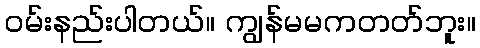
ဝမ်းနည်းပါတယ်။ ကျွန်မမကတတ်ဘူး။